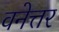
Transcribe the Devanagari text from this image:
वनेत्तर